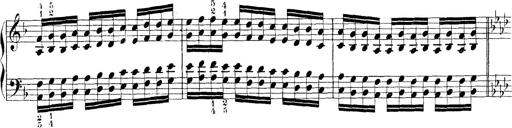
Title: Technische Studien
Composer: Franz Liszt